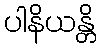
ပါနိယန္တိ